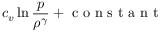
c _ { v } \ln \frac { p } { \rho ^ { \gamma } } + \textrm { c o n s t a n t }